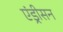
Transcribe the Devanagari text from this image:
एंड्रीसन